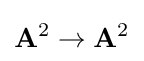
\mathbf {A} ^{2}\rightarrow \mathbf {A} ^{2}